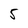
Character: 5